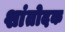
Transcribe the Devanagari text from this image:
शांतोदक